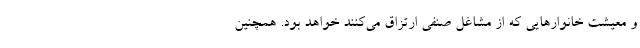
و معیشت خانوارهایی که از مشاغل صنفی ارتزاق می‌کنند خواهد بود. همچنین